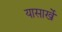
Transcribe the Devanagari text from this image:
यासार्खे